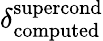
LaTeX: \delta_{\mathrm{computed}}^{\mathrm{supercond}}